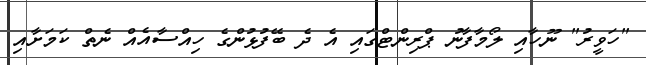
"ހަވީރު" ނޫހާއި ލޯމާފާނު ޕްރިންޓްގައި އެ ދެ ބޭފުޅުންގެ ހިއްސާއެއް ނެތް ކަމަށާއި